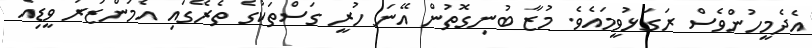
އެދެމީހުންވެސް ރަގަޅުވީމައެވެ. މުޒާ ބުނިގޮތުން އޭނަ ހުރީ ގަސްތަކުގެ ތެރޭގައި އެމަންޒަރު ވީޑިއޯ